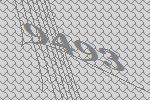
9493